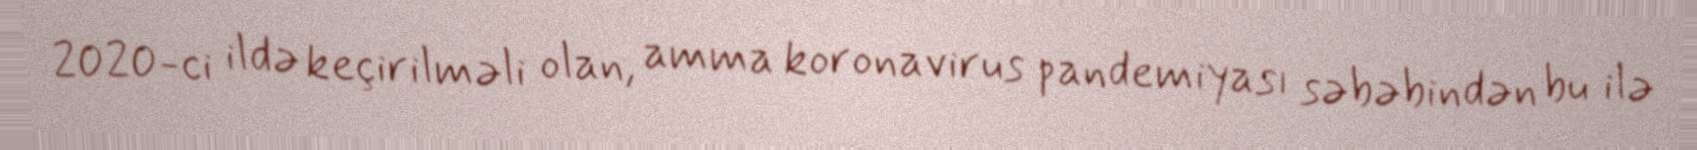
2020-ci ildə keçirilməli olan, amma koronavirus pandemiyası səbəbindən bu ilə